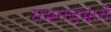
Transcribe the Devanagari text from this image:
रामगडमार्गे